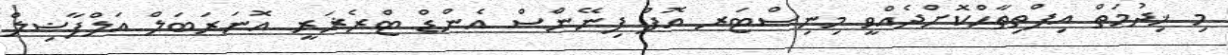
މި ޚިދުމަތް އިފްތިތާޙްކޮށްދެއްވީ މިނިސްޓަރ އޮފް ފިނޭންސް އެންޑް ޓްރެޜަރީ އޮނަރަބަލް އަލްފާޟިލް